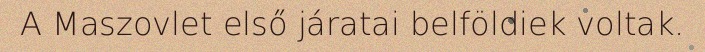
A Maszovlet első járatai belföldiek voltak.